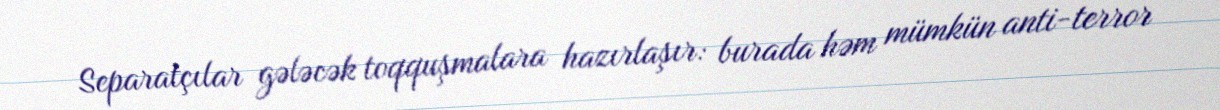
Separatçılar gələcək toqquşmalara hazırlaşır: burada həm mümkün anti-terror